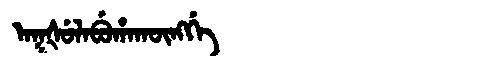
Manchu: ᠠᡴᡧᡠᠯᠠᠪᡠᡥᠠᡴᡡᠩᡤᡝ
Romanization: AKŠULABUHAKŪNGGE